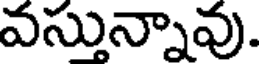
వసున్నావు.